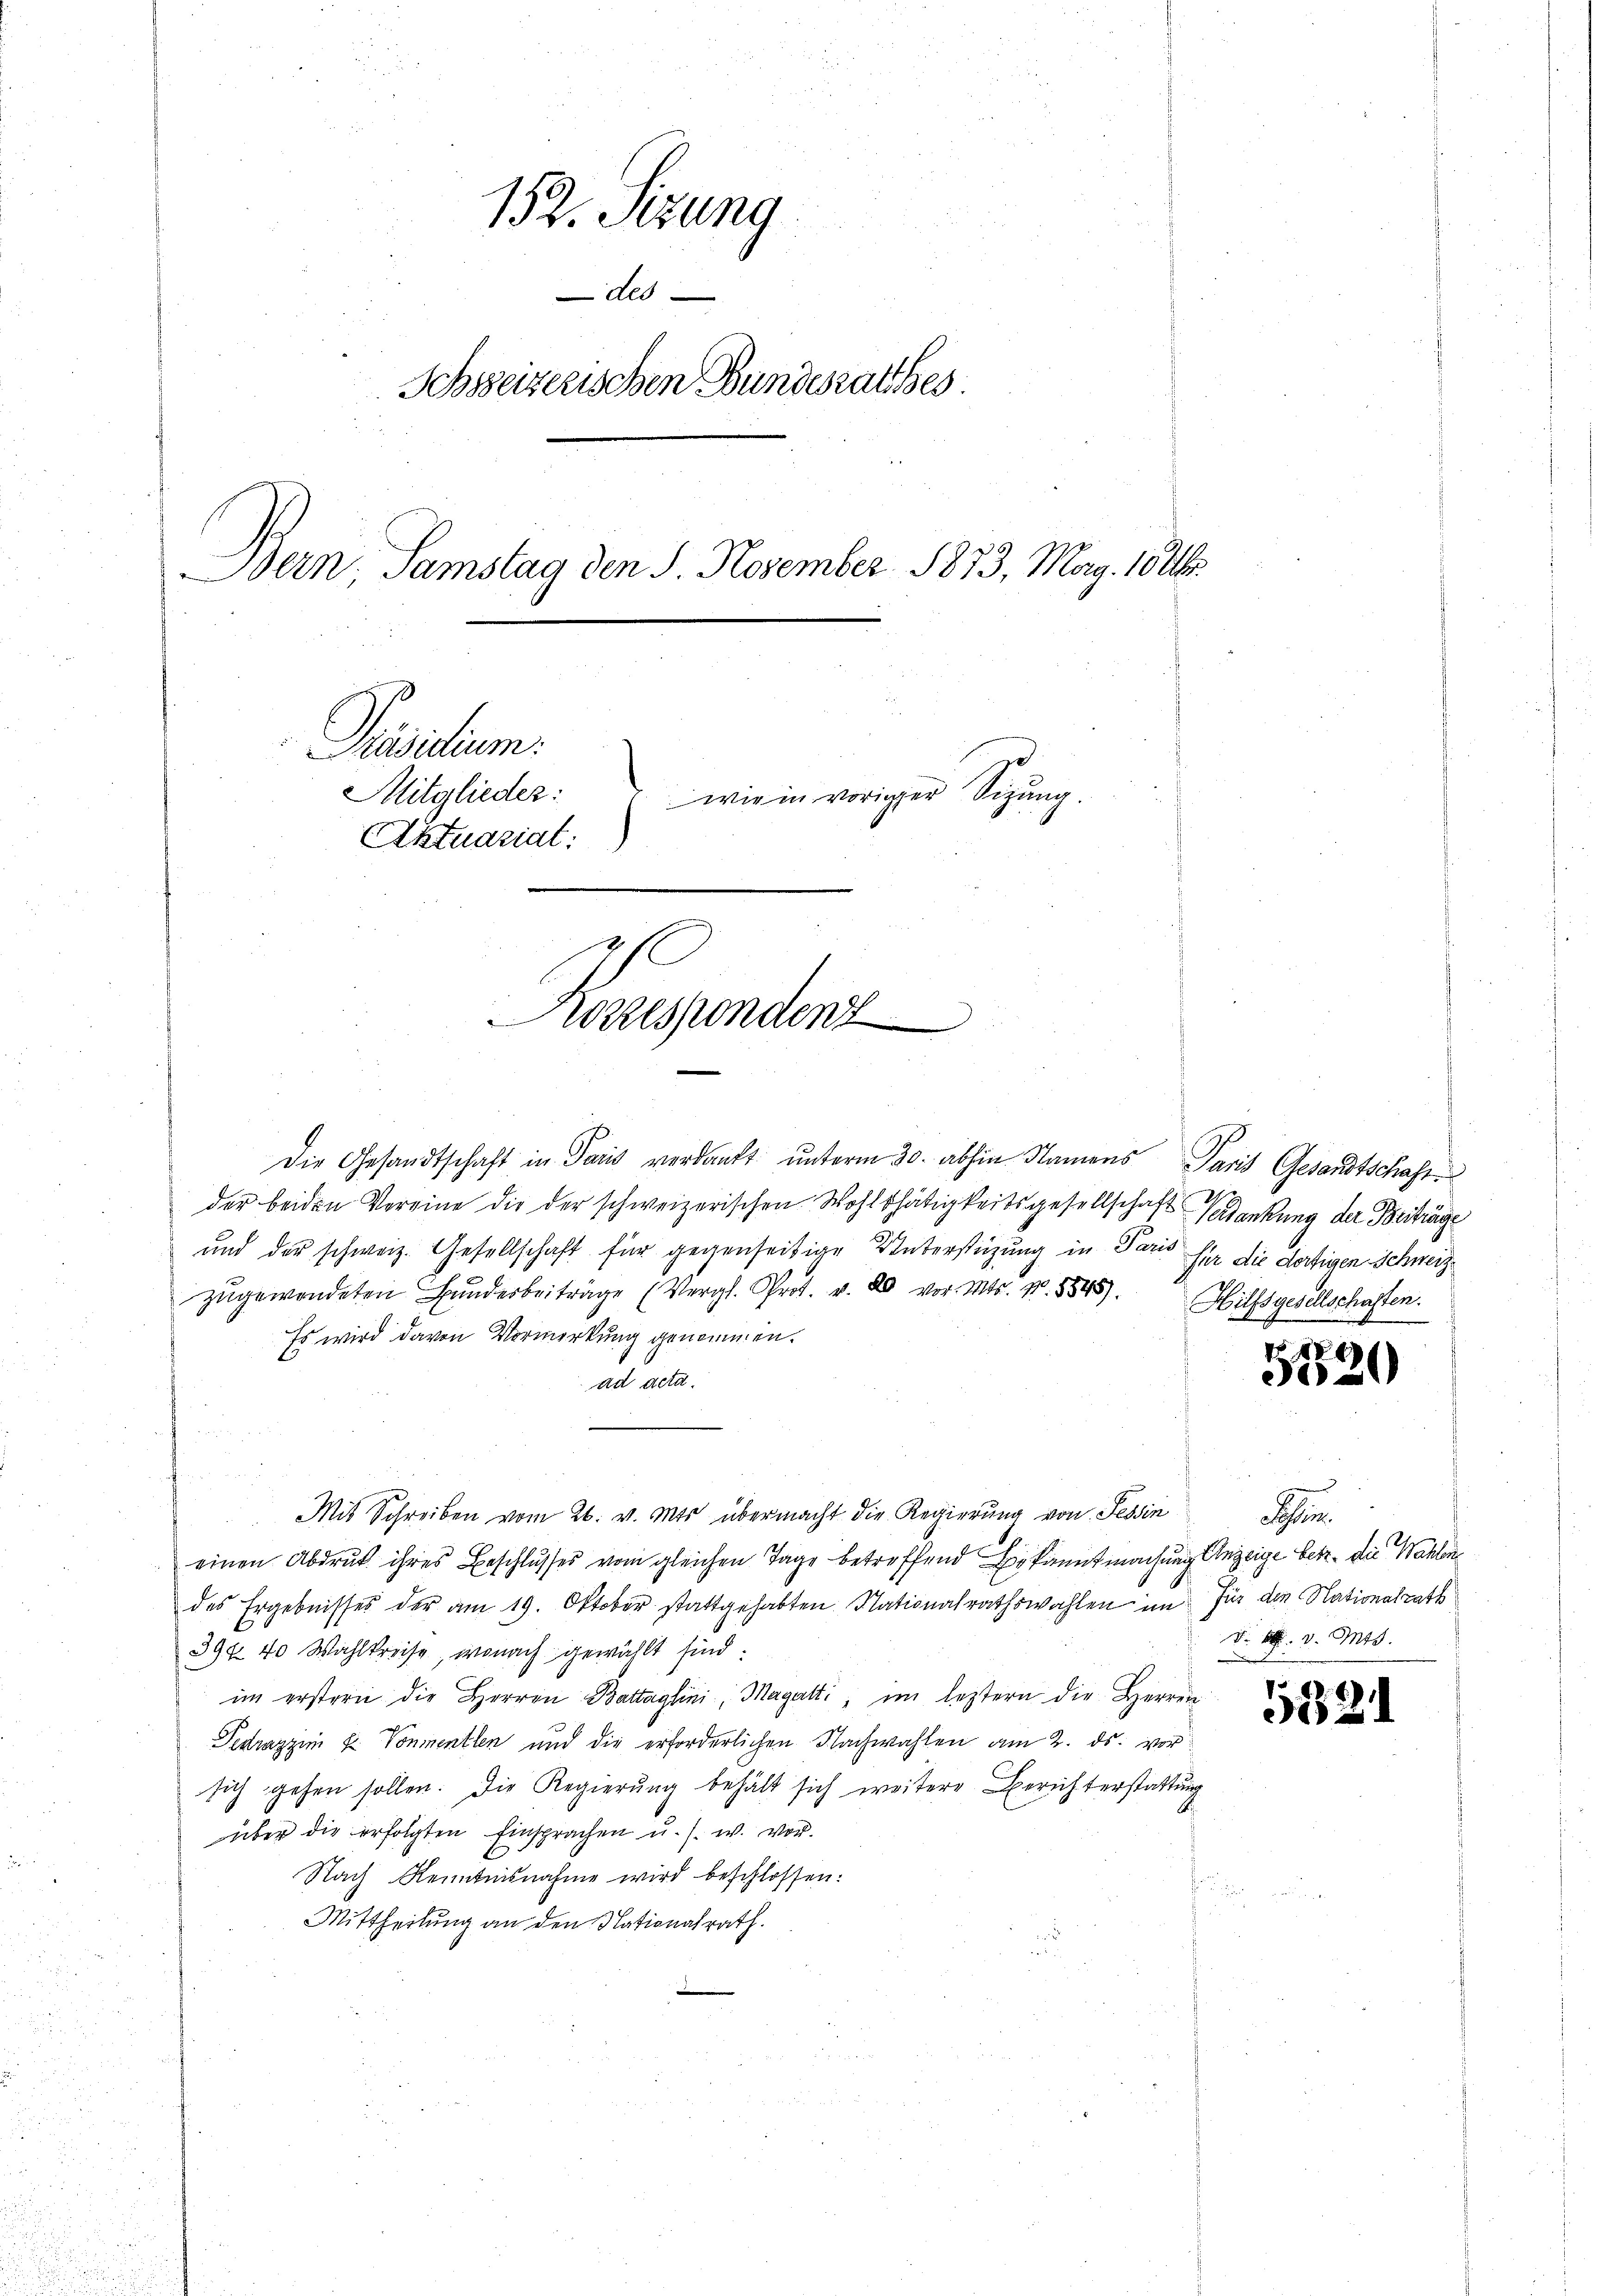
152. Sitzung
des
Schweizerischen Bundesrathes.
Bern, Samstag den 8. November 1873, Mag. 1826.
Präsidium.
Mitglieder:
wie in voriger Sizung.
Aktuariat
2
E
Korresponden

Die Gesandtschaft in Paris verdankt unterm 30. abhin Namens Paris Gesandtschaft,
der beiden Vereine die der schweizerischen Wohlthätigkeitsgesellschaft Krankung der Beiträge
und der schweiz. Gesellschaft für gegenseitige Unterstüzung in Paris für die dortigen Schweiz.
zŭgewendeten Bunderbeiträge (Vergl. Prot. v. 20 vor. Mts. No. 5845). Hilfsgesellschaften.
Es wird davon Vormerkung genommen.
ad deta.
n
Mit Schreiben vom 26. v. Mts übermacht die Regierung von Tessin
einen Abdruck ihres Beschlusses vom gleichen Tage betreffend Bekanntmachung Anzeige betr. die Wahlen
des Ergebnisses der am 19. Oktober stattgehabten Nationalrathswahlen im für den Nationalrath
390 40 Wahlkreise, wonach gewählt sind:
im erstern die Herren Battaglini, Magatti, im letztern die Herren
Textrazzin u. Vonmentlen und die erforderlichen Nachwahlen am 2. ds. vorsich gehen sollen. Die Regierung behält sich weitere Berichterstattung
über die erfolgten Einsprachen u. s. w. vor.
Nach Kenntnisnahme wird beschlossen:
Mittheilung an den Nationalrath.

.
520

i
d. 6. v. Mts.

532